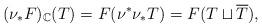
LaTeX: \begin{align*}(\nu_{*}F)_{\mathbb{C}}(T)=F(\nu^{*}\nu_{*}T)=F(T\sqcup\overline{T}),\end{align*}